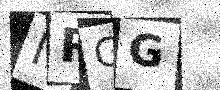
Text: IRGG